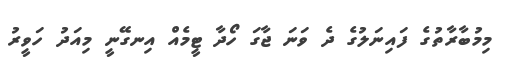
މިމުބާރާތުގެ ފައިނަލުގެ ދެ ވަނަ ޖާގަ ހޯދާ ޓީމެއް އިނގޭނީ މިއަދު ހަވީރު